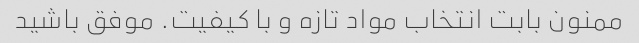
ممنون بابت انتخاب مواد تازه و با کیفیت. موفق باشید